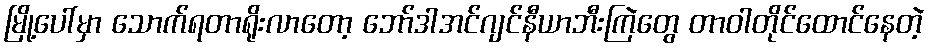
မြို့ပေါ်မှာ သောက်ရတာရိုးလာတော့ ဘော်ဒါအင်ဂျင်နီယာဘီးကြဲတွေ တာဝါတိုင်ထောင်နေတဲ့